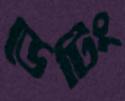
ডেটিং